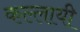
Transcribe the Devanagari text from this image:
कल्लायी